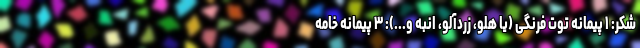
شکر: ۱ پیمانه توت فرنگی (یا هلو، زردآلو، انبه و...): ۳ پیمانه خامه